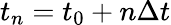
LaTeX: t_{n}=t_{0}+n\Delta t